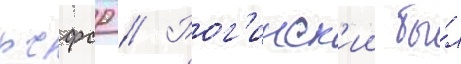
рсфср // Рог'инск'ии бы́л